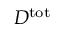
D ^ { \mathrm { t o t } }